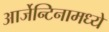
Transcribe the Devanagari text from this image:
आर्जेन्टिनामध्ये